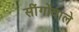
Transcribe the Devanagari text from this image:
सींगोंवाले